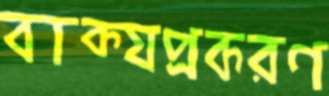
বাক্যপ্রকরণ